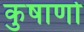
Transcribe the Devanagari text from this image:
कुषाणोँ